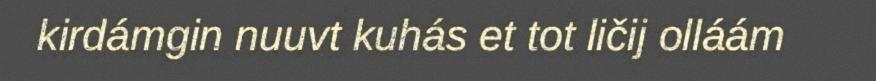
kirdámgin nuuvt kuhás et tot ličij olláám